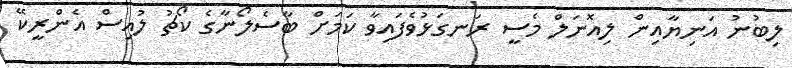
ލިބުނު އަނިޔާއިން ލިއޮނަލް މެސީ ރަނގަޅުވެފައިވާ ކަމަށް ބާސެލޯނާގެ ކޯޗު ލުއިސް އެންރީކޭ